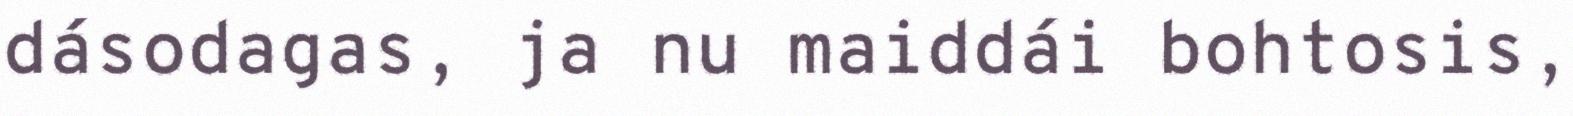
dásodagas, ja nu maiddái bohtosis,